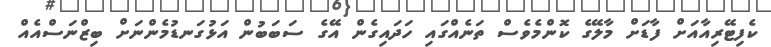
ކެފިޓޭރިއާއަށް ފާޑަށް މާލޭގެ ކޮންމެވެސް ތަނެއްގައި ހަދައިގެން އޭގެ ސަބަބުން އަޅުގަނޑުމެންނަށް ބިޒްނަސްއެއް